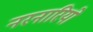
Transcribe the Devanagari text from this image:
नरनारियो